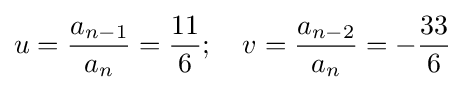
u={\frac {a_{n-1}}{a_{n}}}={\frac {11}{6}};\quad v={\frac {a_{n-2}}{a_{n}}}=-{\frac {33}{6}}